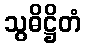
သွဓိဋ္ဌိတံ